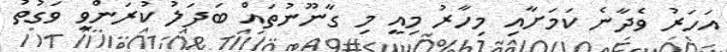
އަހަރު ވެދާނެ ކަމަށާއި މިހާރު މިއީ މި ގާނޫނުތައް ބަދަލު ކުރަންވީ ވަގުތު